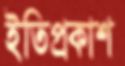
ইতিপ্রকাশ